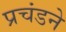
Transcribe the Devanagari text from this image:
प्रचंडने